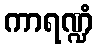
ကာရဏ္ဍံ